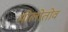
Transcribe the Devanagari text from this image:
मोलोतोव